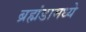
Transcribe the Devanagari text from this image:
ब्रह्मंडामध्ये